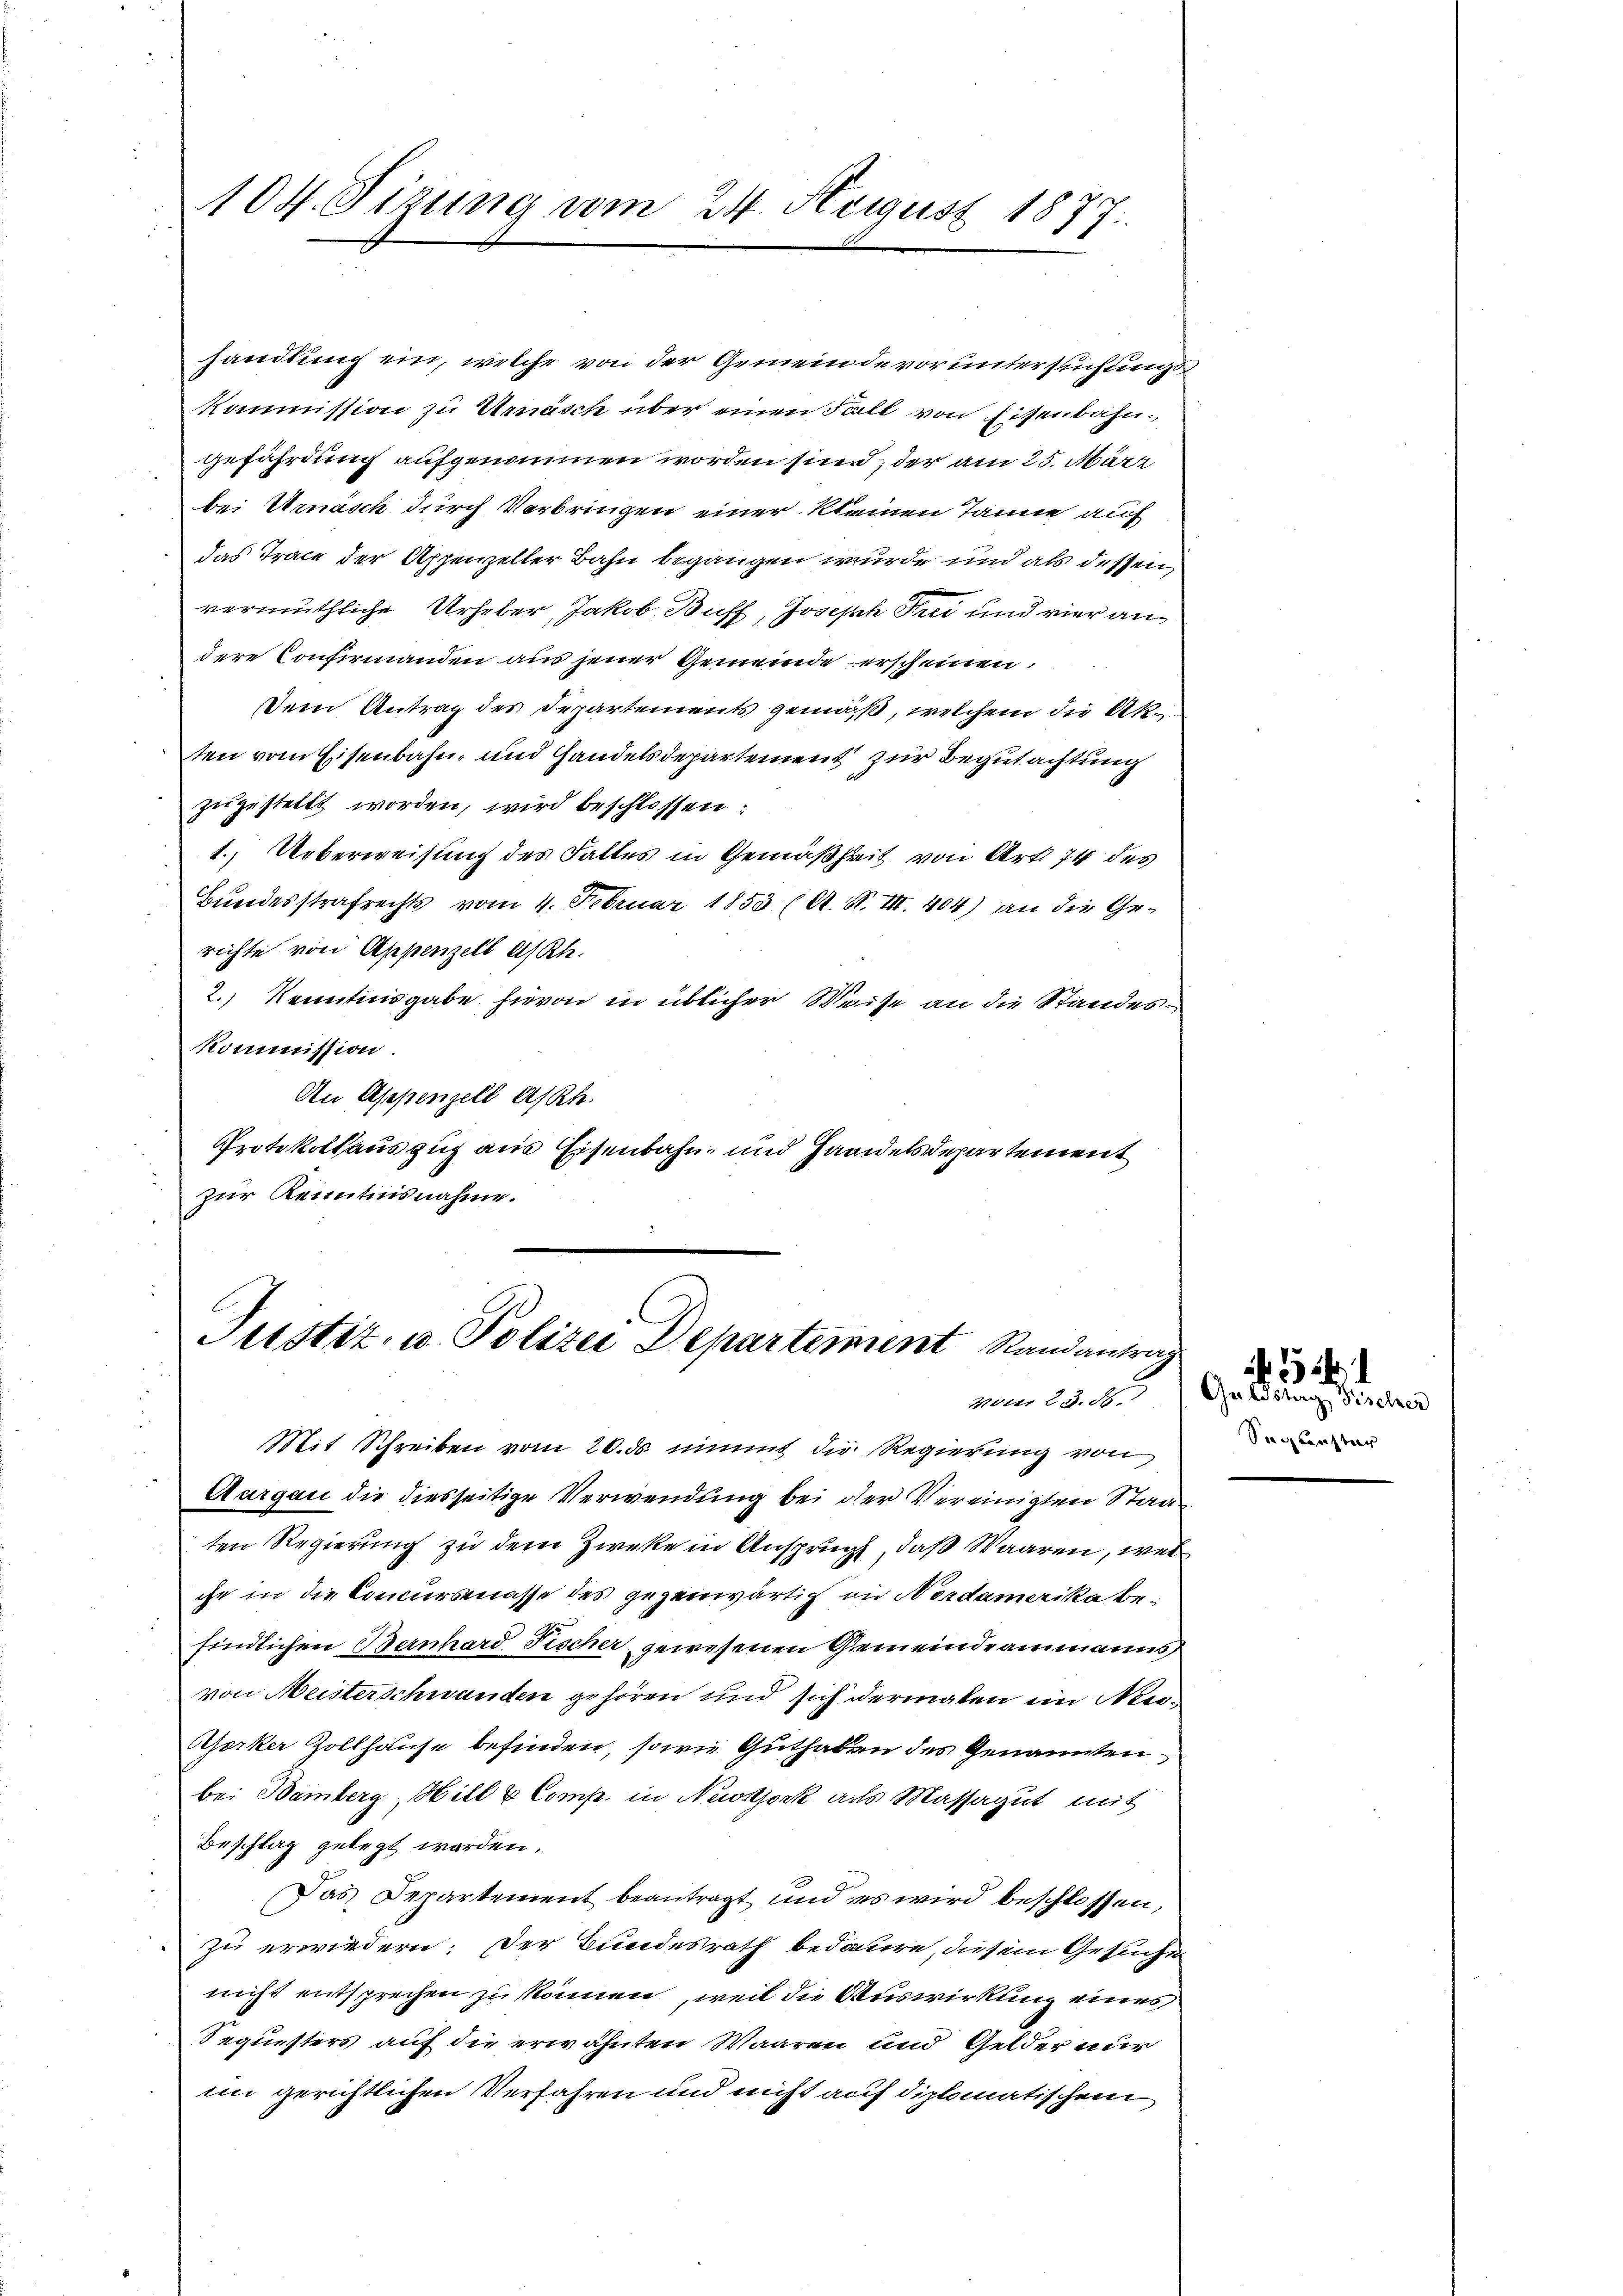
104. Sizung vom 24. August 1877.

handlung ein, welche von der Gemeindevoruntersuchungs-
Kommission zu Urnasch über einen Fall von Eisenbahngefährdung aufgenommen worden sind, der am 25. März
bei Urnasch durch Verbringen einer kleinen Tanne auf
das Trace der Appenzeller Bahn begangen wurde und als dessen
vermuthliche Urheber, Jakob Buff, Joseph Frei und vier andere Confirmanden aus jener Gemeinde erscheinen,
Dem Antrag des Departements gemäß, welchem die Akten vom Eisenbahn, und Handelsdepartement zur Begutachtung
zugestellt worden, wird beschlossen:
1.) Ueberweisung des Faltes in Gemäßheit von Art. 74 des
Bundesstrafrechts vom 4. Februar 1853 (A. R. III. 404) an die Gerichte von Appenzell A/Rh.
2.) Kenntnisgabe hievon in üblicher Weise an die Standes¬
Kommission.
An Appenzell A/Rh.
Protokollauszug aus Eisenbahn- und Handelsdepartement
zur Kenntnisnahme.

Justiz- u. Polizei Departement Randantravom 23. 86.
Mit Schreiben vom 20. ds nimmt die Regierung von
Aargau die diesseitige Verwendung bei der Vereinigten Staat

ten Regierung zu dem Zwecke in Anspruch, daß Waaren, wel
ihr in die Concursmasse des gegenwärtig in Nordamerika befindlichen Bernhard Fischer gewesenen Gemeindeammanns
von Meisterschwanden gehören und sich dermalen im Nie¬
Gorker Zollhause befinden, sowie Guthaben des Genannten,
bei Bamberg, Hill & Comp. in Nestock als Massagut mit
Beschlag gelegt worden.
Das Departement beantragt und es wird beschlossen,
zu erwiedern. Der Bundesrath bedaure, diesem Gesuche
nicht entsprechen zu können, weil die Auswirkung eines
Sequesters auf die erwähnten Waaren und Gelder nur
im gerichtlichen Verfahren und nicht auf diplomatischen

Geldstag, Fischer
Segenster